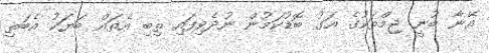
އޭނާ ބުނީ ޖިމްތަކުގެ އަގު ބޮޑުކަމުން ނުދެވިފައި ތިބި އެތައް ބަޔަކު އެބަތި